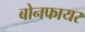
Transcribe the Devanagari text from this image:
बोनफायर